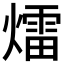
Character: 𤐝